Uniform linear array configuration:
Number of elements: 32
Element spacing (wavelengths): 1
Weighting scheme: blackman
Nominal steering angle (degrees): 30
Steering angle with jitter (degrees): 31.759
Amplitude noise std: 0.05
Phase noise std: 0.05

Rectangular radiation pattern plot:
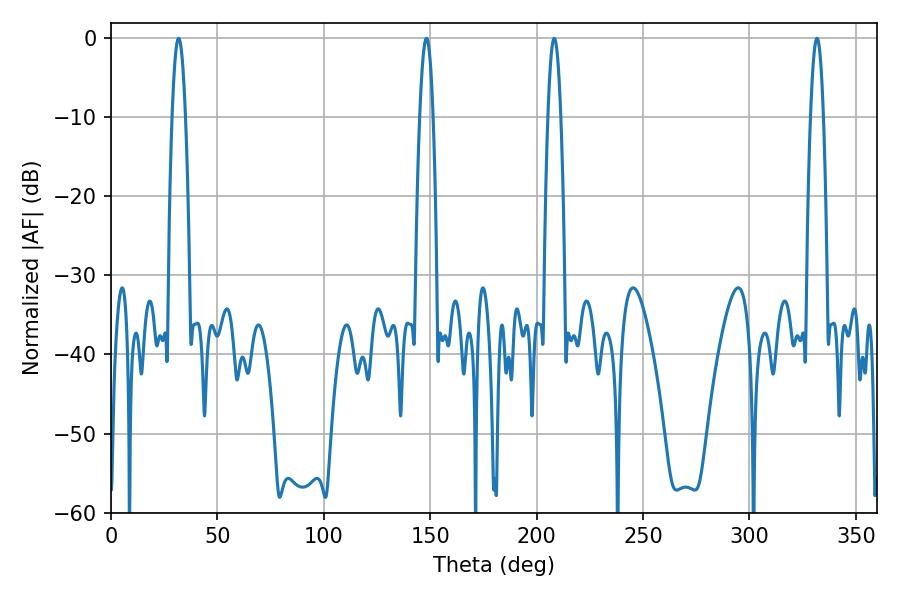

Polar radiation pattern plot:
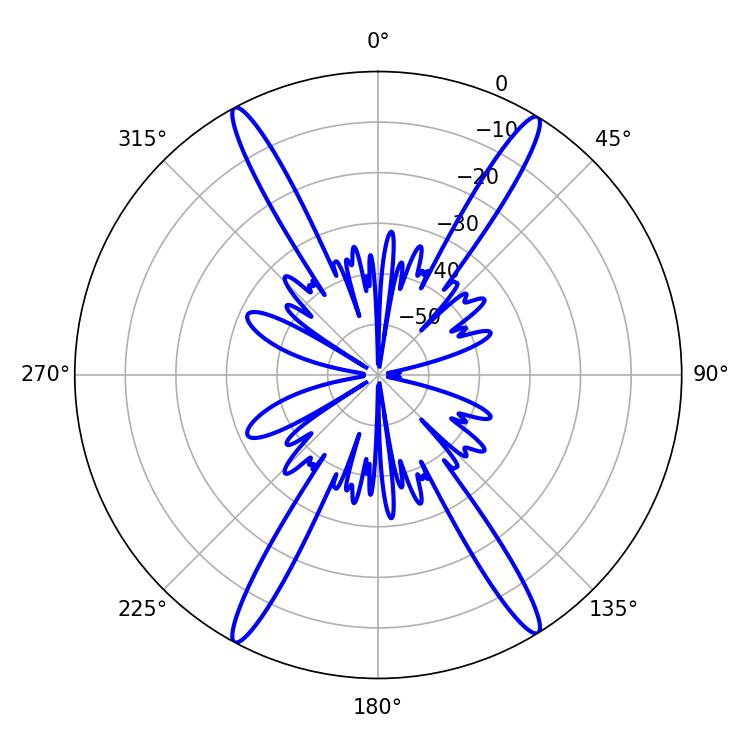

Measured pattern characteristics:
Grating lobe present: TRUE
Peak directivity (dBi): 23.477
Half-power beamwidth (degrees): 3.24
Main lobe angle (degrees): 208.26